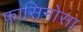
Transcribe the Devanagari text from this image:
फासिनोसा